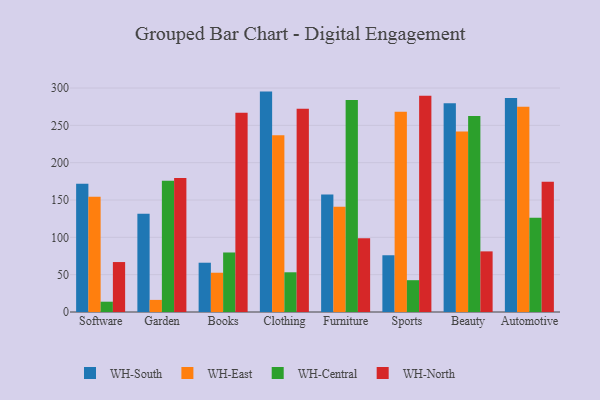
{"axis": {"x": "Category", "y": "Production Output"}, "legend": ["WH-Central", "WH-East", "WH-North", "WH-South"], "data": [{"x": "Software", "y": 171.7, "type": "WH-South"}, {"x": "Software", "y": 154.4, "type": "WH-East"}, {"x": "Software", "y": 13.8, "type": "WH-Central"}, {"x": "Software", "y": 66.9, "type": "WH-North"}, {"x": "Garden", "y": 131.6, "type": "WH-South"}, {"x": "Garden", "y": 16.2, "type": "WH-East"}, {"x": "Garden", "y": 175.9, "type": "WH-Central"}, {"x": "Garden", "y": 179.6, "type": "WH-North"}, {"x": "Books", "y": 66.0, "type": "WH-South"}, {"x": "Books", "y": 52.6, "type": "WH-East"}, {"x": "Books", "y": 79.7, "type": "WH-Central"}, {"x": "Books", "y": 267.0, "type": "WH-North"}, {"x": "Clothing", "y": 295.2, "type": "WH-South"}, {"x": "Clothing", "y": 236.8, "type": "WH-East"}, {"x": "Clothing", "y": 53.2, "type": "WH-Central"}, {"x": "Clothing", "y": 272.3, "type": "WH-North"}, {"x": "Furniture", "y": 157.4, "type": "WH-South"}, {"x": "Furniture", "y": 141.1, "type": "WH-East"}, {"x": "Furniture", "y": 284.0, "type": "WH-Central"}, {"x": "Furniture", "y": 98.8, "type": "WH-North"}, {"x": "Sports", "y": 76.0, "type": "WH-South"}, {"x": "Sports", "y": 268.3, "type": "WH-East"}, {"x": "Sports", "y": 42.6, "type": "WH-Central"}, {"x": "Sports", "y": 289.6, "type": "WH-North"}, {"x": "Beauty", "y": 279.6, "type": "WH-South"}, {"x": "Beauty", "y": 241.7, "type": "WH-East"}, {"x": "Beauty", "y": 262.6, "type": "WH-Central"}, {"x": "Beauty", "y": 81.2, "type": "WH-North"}, {"x": "Automotive", "y": 286.6, "type": "WH-South"}, {"x": "Automotive", "y": 275.0, "type": "WH-East"}, {"x": "Automotive", "y": 126.1, "type": "WH-Central"}, {"x": "Automotive", "y": 174.6, "type": "WH-North"}]}